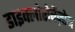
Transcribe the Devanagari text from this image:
डाइक्लोरोबेंज़ोन